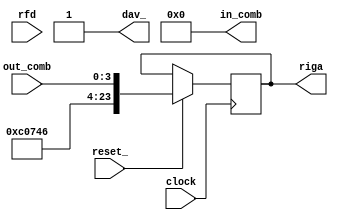
/**
 *
 *          Created on 10/07/2019.
 */

module RL_20190625(in_comb, out_comb, dav_, rfd, riga, clock, reset_);
    input			clock, reset_;
    output	[3:0]	in_comb;
    input	[3:0]	out_comb;
    output			dav_;
    input			rfd;
    output	[23:0]	riga;

    reg	[3:0]	IN_COMB;
    reg			DAV_;
    reg	[23:0]	RIGA;

    assign in_comb = IN_COMB;
    assign dav_ = DAV_;
    assign riga = RIGA;

    reg	[1:0]	STAR;
    parameter S0 = 0, S1 = 1, S2 = 2, S3 = 3;

    always @(reset_ == 0) #1 begin
                                IN_COMB <= 'B000;
                                DAV_ <= 1;
                                STAR <= S0;
                             end

    always @(posedge clock) if (reset_ == 1) #3
        casex(STAR)
            S0: begin
                    RIGA <= {{5'B00110, IN_COMB}, {8'B00111010}, {5'B00110, out_comb}};
                    STAR <= S1;
                end
            S1: begin
                    DAV_ <= 0;
                    STAR <= (rfd == 1)? S1:S2;
                end
            S2: begin
                    DAV_ <= 1;
                    STAR <= (rfd == 1)? S3:S2;
                end
            S3: begin
                    IN_COMB <= (IN_COMB == 7)? IN_COMB:(IN_COMB + 1);
                    STAR <= (IN_COMB == 7)? S3:S0;
                end
        endcase
endmodule